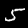
Label: 5